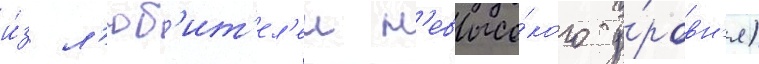
и́з л'юб'ит'ел'еи н'евысо́кого у́ровн'я)